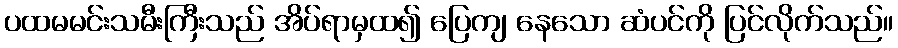
ပထမမင်းသမီးကြီးသည် အိပ်ရာမှထ၍ ပြေကျ နေသော ဆံပင်ကို ပြင်လိုက်သည်။